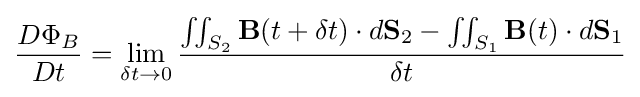
{\frac {D\Phi _{B}}{Dt}}=\lim _{\delta t\to 0}{\frac {\iint _{S_{2}}\mathbf {B} (t+\delta t)\cdot d\mathbf {S} _{2}-\iint _{S_{1}}\mathbf {B} (t)\cdot d\mathbf {S} _{1}}{\delta t}}